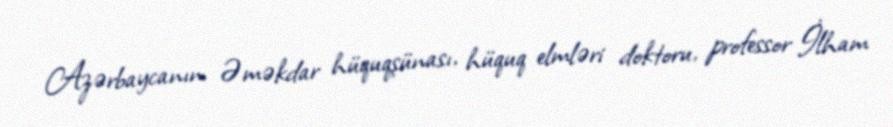
Azərbaycanın Əməkdar hüquqşünası, hüquq elmləri doktoru, professor İlham